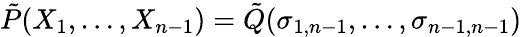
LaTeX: {\tilde{P}}(X_{1},\ldots,X_{n-1})={\tilde{Q}}(\sigma_{1,n-1},\ldots,\sigma_{n-1,n-1})